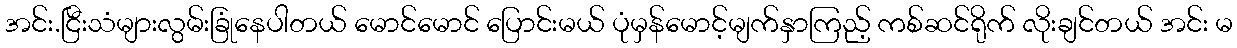
အင်း.ငြီးသံများလွမ်းခြုံနေပါတယ် မောင်မောင် ပြောင်းမယ် ပုံမှန်မောင့်မျက်နှာကြည့် ကစ်ဆင်ရိုက် လိုးချင်တယ် အင်း မ